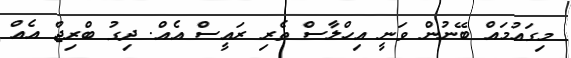
މިގައުމައް ބޭނުން ވަނީ އިހްލާސް ތެރި ރައީސް އެއް. ދިގު ބްރިޖް އެއް